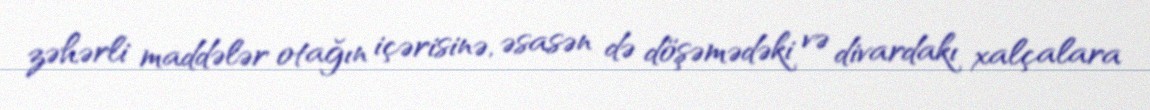
zəhərli maddələr otağın içərisinə, əsasən də döşəmədəki və divardakı xalçalara